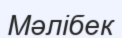
Мәлібек